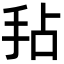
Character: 𫼜